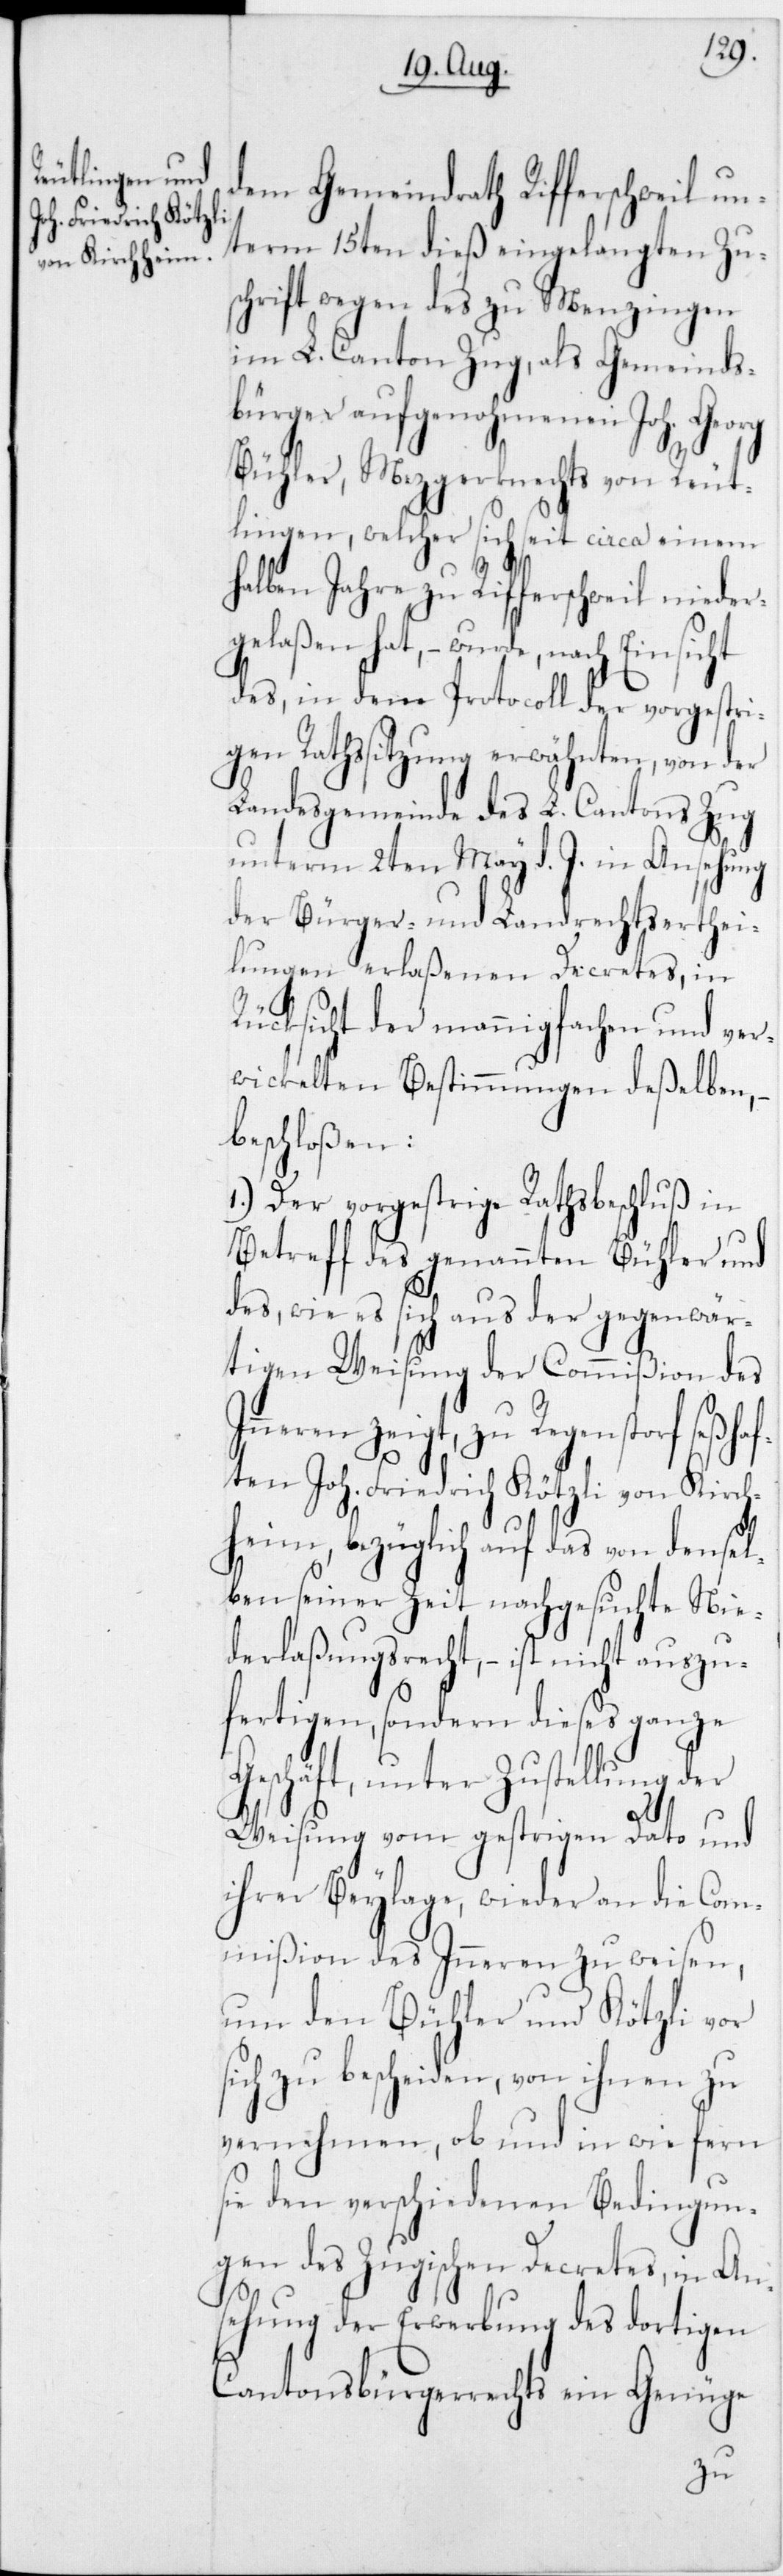
dem Gemeindrath Rifferschweil un¬
term 15ten dieß eingelangten Zu¬
schrift wegen des zu Menzingen
im L. Canton Zug, als Gemeinds¬
bürger aufgenohmenen Joh. Georg
Bühler, Mezgerknechts von Reut¬
lingen, welcher sich seit circa einem
alben Jahre zu Rifferschweil niede¬
gelaßen hat, – wurde, nach
des in dem Protocoll der vorgestri¬
gen Rathssitzung erwähnten, von der
Landesgemeinde des L. Cantons Zug
unterm 2ten May d. J. in Ansehung
der Bürger- und Landrechtserthei¬
lungen erlaßenen Decretes, in
Rücksicht der mannigfachen und ver¬
wickelten Bestimmungen deßelben,
beschloßen:
1.) Der vorgestrige Rathsbeschluß in
Betreff des genannten Bühler und
des, wie es sich aus der gegenwär¬
tigen Weisung der Commißion des
zu Regenstorf seßhaf¬
ten Joh. Friedrich Kötzli von Kirch¬
heim, bezüglich auf das von den¬
ben seiner Zeit nachgesuchte Nie¬
derlaßungsrecht, – ist nicht auszu¬
fertigen, sondern dieses ganze
Geschäft, unter Zustellung der
Weisung vom gestrigen Dato und
ihrer Beylage, wieder an die Com¬
mißion des Inneren zu weisen,
um den Bühler und Kötzli vor
sich zu berscheiden, von ihnen zu
vernehmen, ob und in wie fern
sie den verschiedenen Bedingung¬
en des Zugischen Decretes, in An¬
sehung der Erwerbung des dortigen
Cantonsbürgerrechts ein Genüge
sel¬